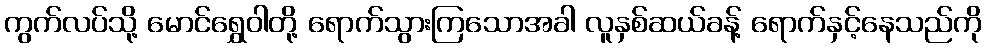
ကွက်လပ်သို့ မောင်ရွှေဝါတို့ ရောက်သွားကြသောအခါ လူနှစ်ဆယ်ခန့် ရောက်နှင့်နေသည်ကို